system: You are a helpful assistant.
user:
Analyze the provided spectrum to determine if it is a **Carbon Star (C-type)**.

- **Key Visual Indicators of Carbon Star:**
    - **(Primary):** Strong molecular absorption from **C₂ (diatomic carbon) "Swan Bands."** This is the **defining feature** of a carbon star.
        - **(Key Bandheads):** Sharp absorption edges are visible at approximately $5635$ Å, $5165$ Å (the strongest band), and $4737$ Å.
        - **(Line Profile):** Creates a distinct **"saw-tooth"** pattern. The key morphology is a sharp, steep bandhead on the **red (long-wavelength) side**, which then gradually tapers off (i.e., flux recovers) towards the **blue (short-wavelength) side**. *(This is the direct opposite of the TiO bands seen in M-type stars)*.

    - **(Secondary):** Intense **CN (cyanogen)** molecular absorption bands.
        - **(Key Bandheads):** Located in the blue and violet regions of the spectrum (e.g., near $4215$ Å and $3883$ Å).
        - **(Morphology):** These bands are extremely broad and act as a "blanket," absorbing the vast majority of blue and violet light. This creates a characteristic **"cliff"** or **"steep drop-off"** in the spectrum's flux at short wavelengths.

    - **(Key Confirmation):** Strong **CH absorption band (G-band)**.
        - **(Key Bandhead):** Located around $4300$ Å. The contribution from CH molecules to this band is exceptionally strong.

    - **(Overall Spectrum):**
        - The continuum is severely "chopped up" by these deep molecular bands, especially C₂, rather than appearing as a smooth curve.
        - Due to the heavy CN and C₂ absorption in the blue-green, the vast majority of the star's flux is concentrated in the red part of the spectrum, giving the star its characteristic deep red color.

Think first, call **spectral_visualization_tool** if needed to examine features in detail, then provide your final answer. Your response must adhere to the following strict rules:
1.  **Overall Structure:** Your response must follow the format `<think>...</think> <tool_call>...</tool_call> (if a tool is used) <answer>...</answer>`.
2.  **Tool Usage Constraint:** You may only make **one** tool call per turn.
3.  **Final Answer Format:** In the `<answer>` tag, your conclusion must be inside a `\boxed{}` command (e.g., `\boxed{YES}`), followed by your justification.

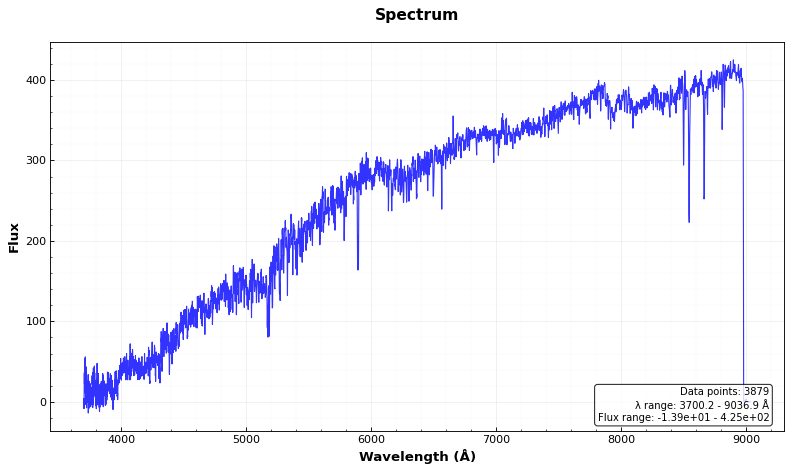
Answer: NO